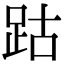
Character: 跍